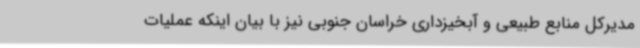
مدیرکل منابع طبیعی و آبخیزداری خراسان جنوبی نیز با بیان اینکه عملیات